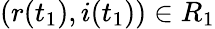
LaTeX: (r(t_{1}),i(t_{1}))\in R_{1}